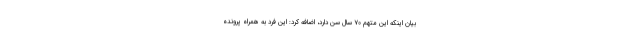
بیان اینکه این متهم ۷۰ سال سن دارد، اضافه کرد: این فرد به همراه پرونده